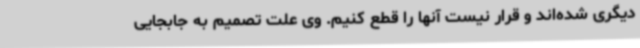
دیگری شده‌اند و قرار نیست آنها را قطع کنیم. وی علت تصمیم به جابجایی